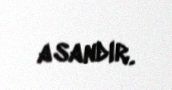
asandır.